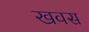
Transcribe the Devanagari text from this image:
खवस